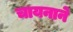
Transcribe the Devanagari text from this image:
चायनाने